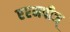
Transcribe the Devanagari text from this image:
एएमपीज्